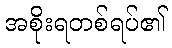
အစိုးရတစ်ရပ်၏